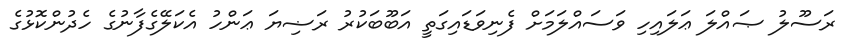
ރަސޫލު ޞައްލަ ޢަލައިހި ވަސައްލަމަށް ފެނިވަޑައިގަތީ އަބޫބަކުރު ރަޟިޔަ ޢަންހު އެކަލޭގެފާނުގެ ހެދުންކޮޅުގެ